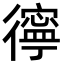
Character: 㣷